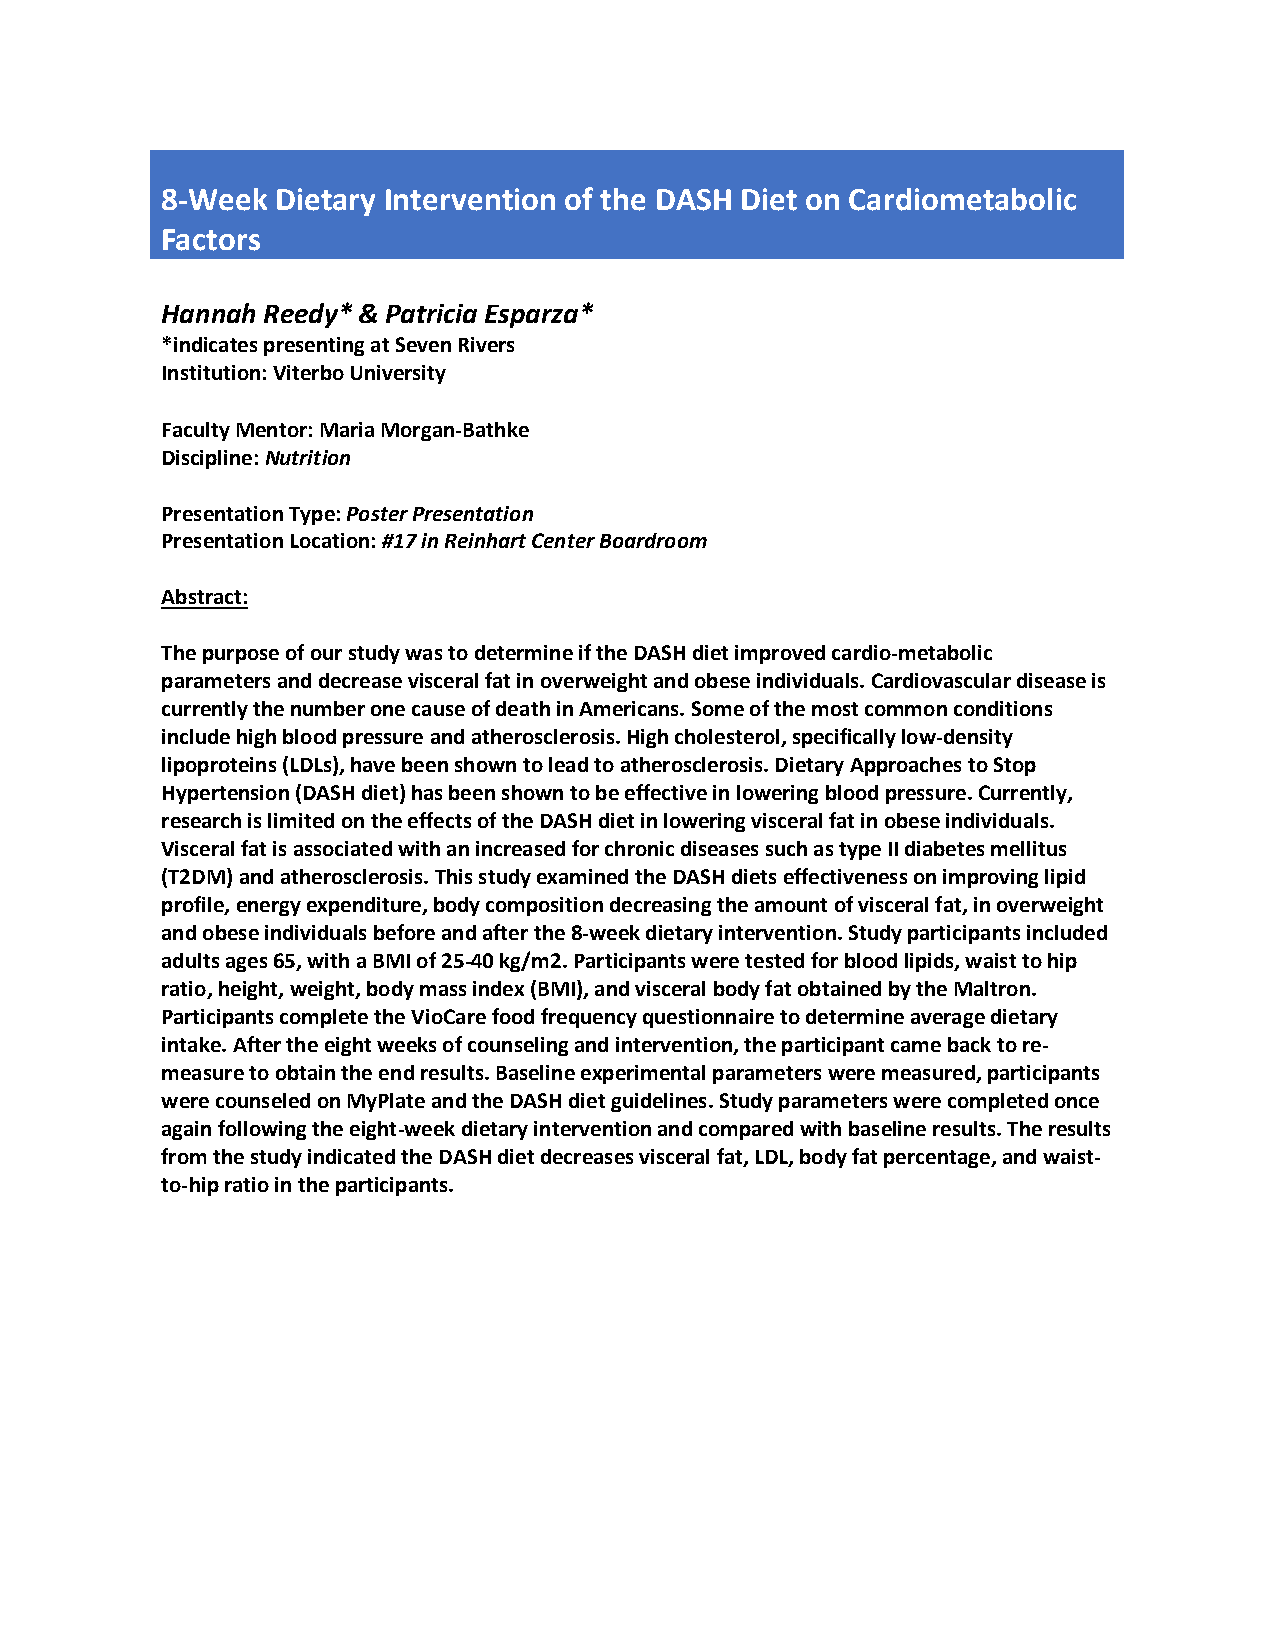
8-Week Dietary Intervention of the DASH Diet on Cardiometabolic
 Factors
 Hannah Reedy* & Patricia Esparza*
 *indicates presenting at Seven Rivers
 Institution: Viterbo University
 Faculty Mentor: Maria Morgan-Bathke
 Discipline: Nutrition
 Presentation Type: Poster Presentation
 Presentation Location: #17 in Reinhart Center Boardroom
 Abstract:
 The purpose of our study was to determine if the DASH diet improved cardio-metabolic
 parameters and decrease visceral fat in overweight and obese individuals. Cardiovascular disease is
 currently the number one cause of death in Americans. Some of the most common conditions
 include high blood pressure and atherosclerosis. High cholesterol, specifically low-density
 lipoproteins (LDLs), have been shown to lead to atherosclerosis. Dietary Approaches to Stop
 Hypertension (DASH diet) has been shown to be effective in lowering blood pressure. Currently,
 research is limited on the effects of the DASH diet in lowering visceral fat in obese individuals.
 Visceral fat is associated with an increased for chronic diseases such as type II diabetes mellitus
 (T2DM) and atherosclerosis. This study examined the DASH diets effectiveness on improving lipid
 profile, energy expenditure, body composition decreasing the amount of visceral fat, in overweight
 and obese individuals before and after the 8-week dietary intervention. Study participants included
 adults ages 65, with a BMI of 25-40 kg/m2. Participants were tested for blood lipids, waist to hip
 ratio, height, weight, body mass index (BMI), and visceral body fat obtained by the Maltron.
 Participants complete the VioCare food frequency questionnaire to determine average dietary
 intake. After the eight weeks of counseling and intervention, the participant came back to re-
 measure to obtain the end results. Baseline experimental parameters were measured, participants
 were counseled on MyPlate and the DASH diet guidelines. Study parameters were completed once
 again following the eight-week dietary intervention and compared with baseline results. The results
 from the study indicated the DASH diet decreases visceral fat, LDL, body fat percentage, and waist-
 to-hip ratio in the participants.